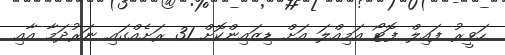
ހަވީރު ފައިލް ފޮޓޯ އަމިއްލަ އަށް ޑިޒައިންކޮށް 31 ރަށެއްގައި ނަރުދަމާ އާއި